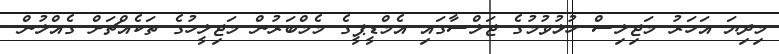
މިދިޔަ އަހަރު މަޖިލިސް ހުޅުވުމުގެ ޖަލްސާގައި އެމްޑީޕީގެ މެމްބަރުން މަޖިލީހުގެ ތަކެއްޗަށް ގެއްލުން